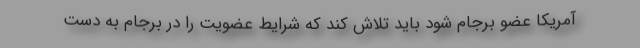
آمریکا عضو برجام شود باید تلاش کند که شرایط عضویت را در برجام به دست